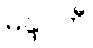
မန္ဒဝတီ